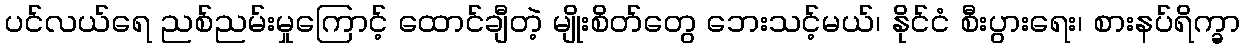
ပင်လယ်ရေ ညစ်ညမ်းမှုကြောင့် ထောင်ချီတဲ့ မျိုးစိတ်တွေ ဘေးသင့်မယ်၊ နိုင်ငံ စီးပွားရေး၊ စားနပ်ရိက္ခာ